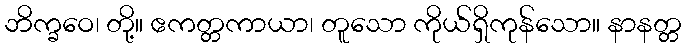
ဘိက္ခဝေ၊ တို့။ ဧကတ္တကာယာ၊ တူသော ကိုယ်ရှိကုန်သော။ နာနတ္တ